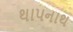
થાપનાથ